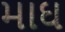
માઘ